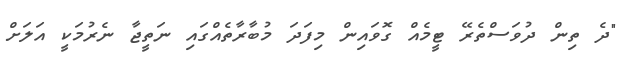
"ދެ ތިން ދުވަސްތެރޭ ޓީމެއް ގޮވައިން މިފަދަ މުބާރާތެއްގައި ނަތީޖާ ނެރުމަކީ އަލަށް